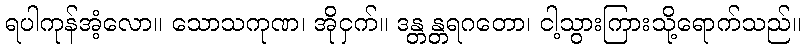
ရပါကုန်အံ့လော။ သောသကုဏ၊ အိုငှက်။ ဒန္တန္တရဂတော၊ ငါ့သွားကြားသို့ရောက်သည်။